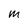
Character: m